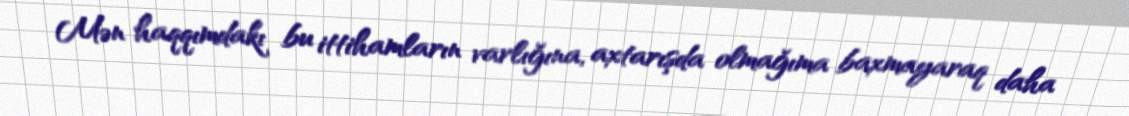
Mən haqqımdakı bu ittihamların varlığına, axtarışda olmağıma baxmayaraq daha